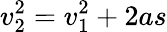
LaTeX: v_{2}^{2}=v_{1}^{2}+2as